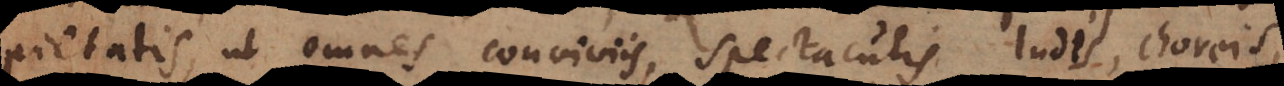
pietatis, ut omnes conviviis, spectaculis, ludis, choreis,